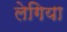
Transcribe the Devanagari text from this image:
लेगिया